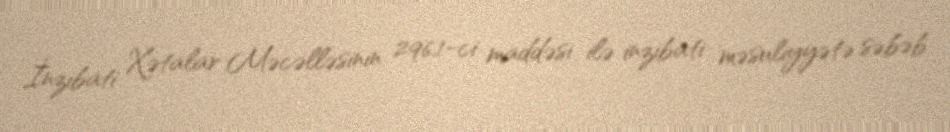
İnzibati Xətalar Məcəlləsinin 296.1-ci maddəsi ilə inzibati məsuliyyətə səbəb